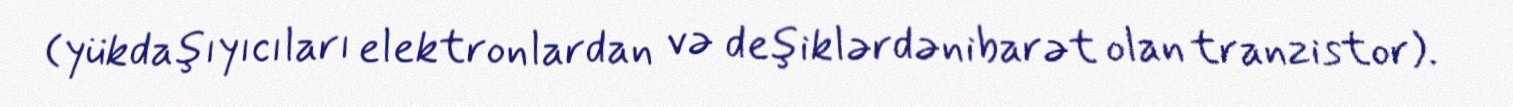
(yükdaşıyıcıları elektronlardan və deşiklərdənibarət olan tranzistor).